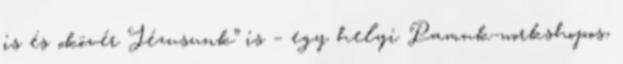
is és „kövér Jézusunk” is – egy helyi Pamuk-workshopos,